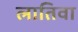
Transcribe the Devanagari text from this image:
लातिवा